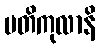
ပတိကုလာနိ